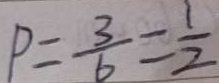
P = \frac { 3 } { 6 } = \frac { 1 } { 2 }